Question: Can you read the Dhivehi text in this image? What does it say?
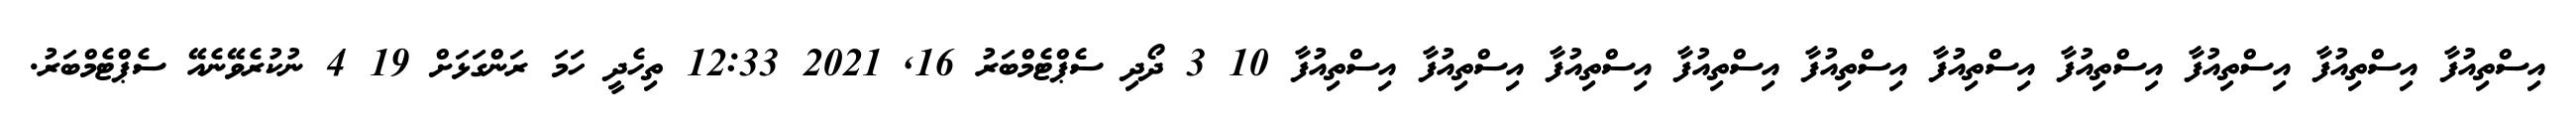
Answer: އިސްތިއުފާ އިސްތިއުފާ އިސްތިއުފާ އިސްތިއުފާ އިސްތިއުފާ އިސްތިއުފާ އިސްތިއުފާ އިސްތިއުފާ އިސްތިއުފާ އިސްތިއުފާ 10 3 ދޯދި ސެޕްޓެމްބަރު 16, 2021 12:33 ތިހެދީ ހަމަ ރަންގަޅަށް 19 4 ނުކުރެވޭނެއޭ ސެޕްޓެމްބަރު.